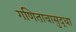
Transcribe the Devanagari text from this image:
गणिताचासुद्धा